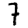
Digit: 7